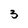
Character: 3